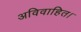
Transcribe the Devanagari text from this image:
अविवाहित।